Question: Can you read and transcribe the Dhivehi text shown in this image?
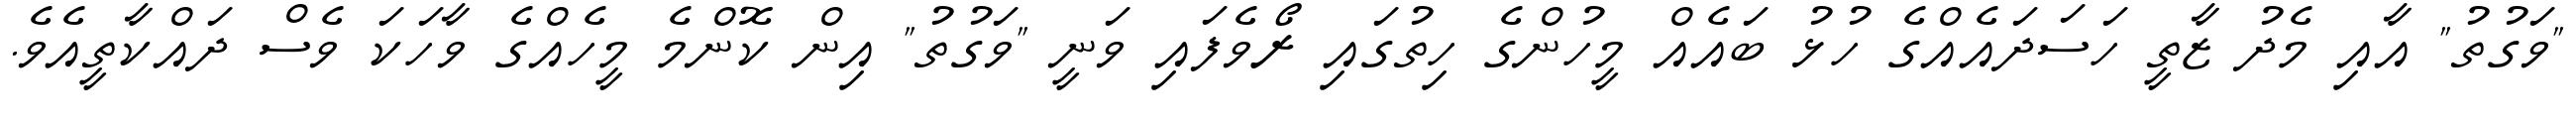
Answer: "ވަގުތު" އާއި މެދު ޒާތީ ހަސަދައެއްގެ ހުޅު ބައެއް މީހުންގެ ހިތުގައި ރޯވެފައި ވަނީ "ވަގުތު" އިން ކޮންމެ މީހެއްގެ ވާހަކަ ވެސް ދައްކާތީއެވެ.